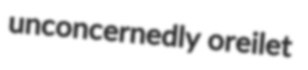
unconcernedly oreilet